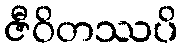
ဇီဝိတဿပိ